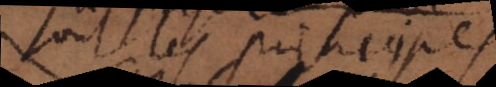
sont les principes